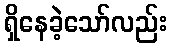
ရှိနေခဲ့သော်လည်း